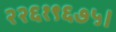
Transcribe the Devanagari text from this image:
२२६१९६७५।